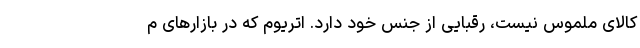
کالای ملموس نیست، رقبایی از جنس خود دارد. اتریوم که در بازارهای م